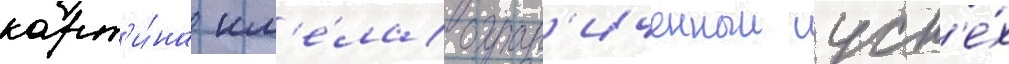
карт'и́на им'е́ла огран'иченныи усп'е́х